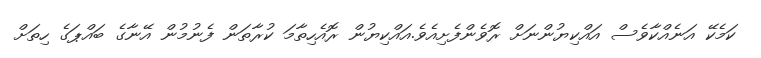
ކަމެކޭ އަނެއްކާވެސް އައްކިޔުންނަށް ރޮވެންފެށިއެވެ.އައްކިޔުން ރޮއެހިތާމަ ކުރާތަން ފެނުމުން އޭނާގެ ބައްޕަގެ ހިތަށް